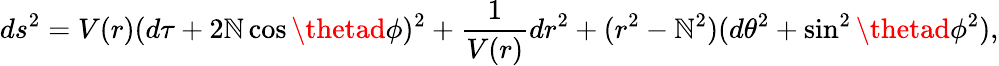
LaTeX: ds^{2}=V(r)(d\tau+2\mathbb{N}\cos\thetad\phi)^{2}+\frac{{1}}{{V(r)}}dr^{2}+(r^{2}-\mathbb{N}^{2})(d\theta^{2}+\sin^{2}\thetad\phi^{2}),